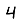
Digit: 4